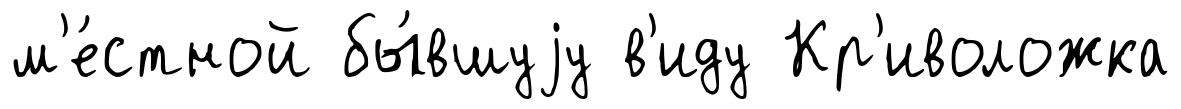
м'е́стной бы́вшуjу в'иду Кр'иволожка